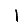
Digit: 1